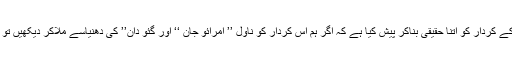
بیدی نے رانو کے کردار کو اتنا حقیقی بناکر پیش کیا ہے کہ اگر ہم اس کردار کو ناول ’’ امرائو جان ‘‘ اور گئو دان’’ کی دھنیاسے ملاکر دیکھیں تو بے جا نہ ہوگا۔